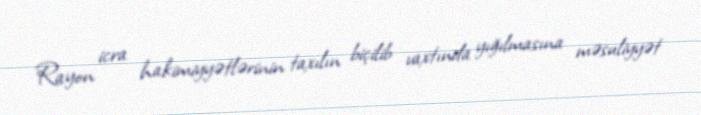
Rayon icra hakimiyyətlərinin taxılın biçilib vaxtında yığılmasına məsuliyyət